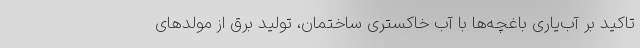
تاکید بر آب‌یاری باغچه‌ها با آب خاکستری ساختمان، تولید برق از مولدهای